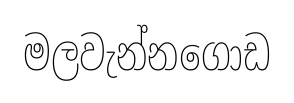
මලවැන්නගොඩ